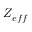
Z _ { e f f }